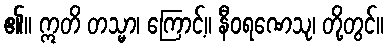
၏။ ဣတိ တသ္မာ၊ ကြောင့်။ နီဝရဏေသု၊ တို့တွင်။